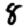
Digit: 8